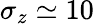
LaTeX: \sigma_{z}\simeq 10